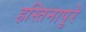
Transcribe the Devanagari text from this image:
हस्तिनापुरे